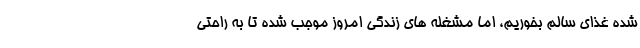
شده غذای سالم بخوریم، اما مشغله ­های زندگی امروز موجب شده تا به راحتی